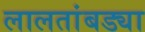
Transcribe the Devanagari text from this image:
लालतांबड्या